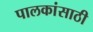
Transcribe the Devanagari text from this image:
पालकांसाठी